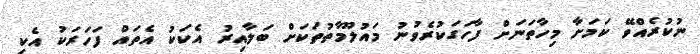
ނުކުރެއްވޭ ކަމަށާ މިހާތަނަށް ފާހަގަކުރެވުނު މައުލޫމާތުތަކަށް ބަލާއިރު އެކަކު އެތައް ފަހަރަކު އެކި